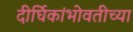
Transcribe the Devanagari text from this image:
दीर्घिकांभोवतीच्या